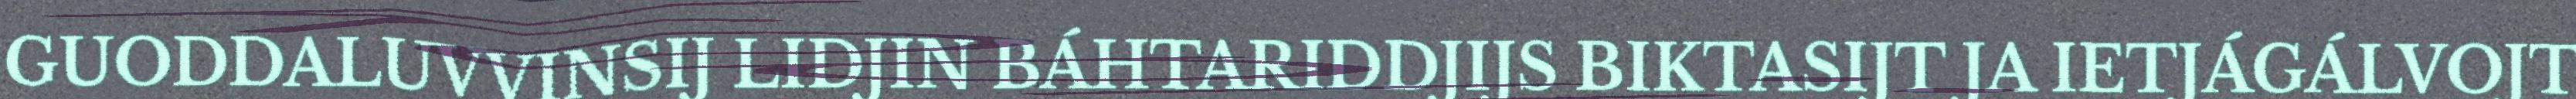
GUODDALUVVINSIJ LIDJIN BÁHTARIDDJIJS BIKTASIJT JA IETJÁGÁLVOJT